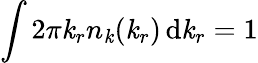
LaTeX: \int2\pi\mathit{k}_{r}n_{\mathit{k}}(\mathit{k}_{r})\, \mathrm{{d}}\mathit{k}_{r}=1